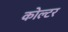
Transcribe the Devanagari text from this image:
कोल्टर